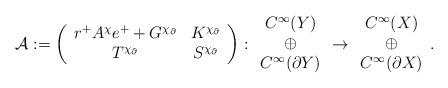
LaTeX: \begin{align*} \mathcal{A}:=\left(\begin{array}{cc}r^+ A^\chi e^+ + G^{{\chi}_\partial} & K^{\chi_\partial}\\ T^{\chi_{\partial}}& S^{\chi_\partial}\end{array} \right) : \begin{array}{c} C^\infty(Y)\\\oplus\\ C^\infty(\partial Y)\end{array}\to \begin{array}{c} C^\infty(X)\\\oplus\\ C^\infty(\partial X)\end{array} .\end{align*}